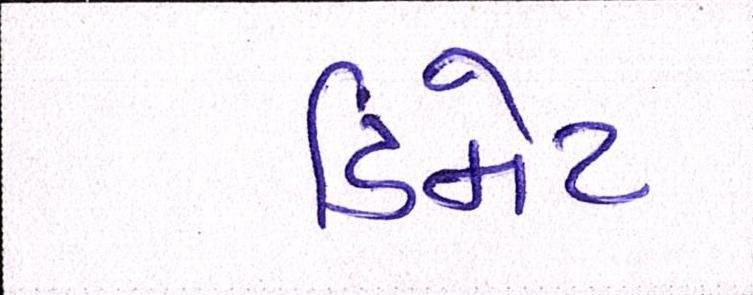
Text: ડિમેટ